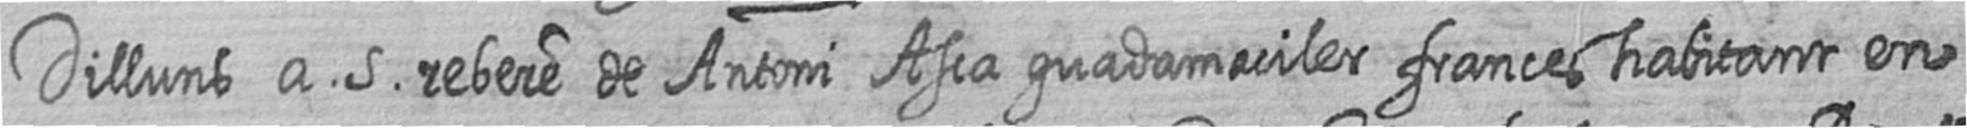
Dilluns a 5 rebere de Antoni Asca guadamaciler frances habitant en